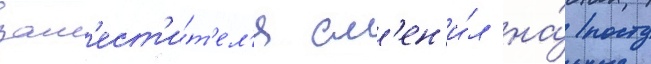
зам'ест'и́т'ел'я см'ен'и́л на́ посту